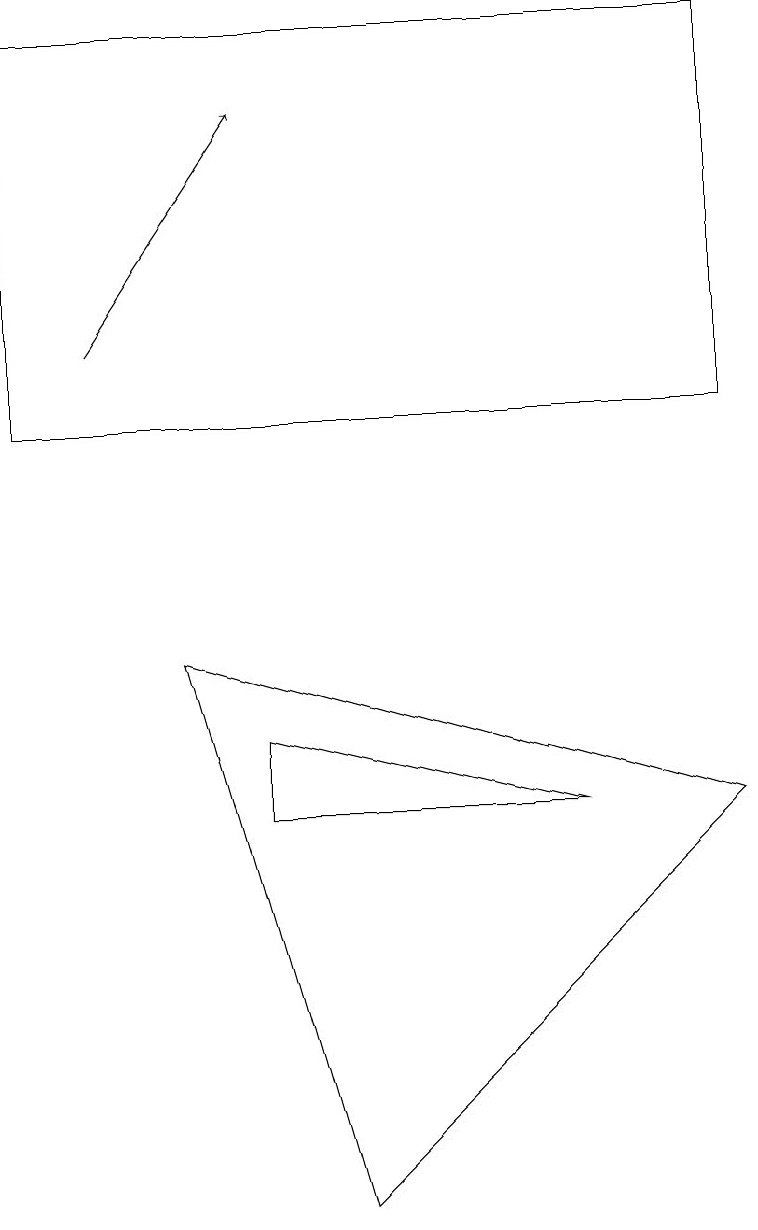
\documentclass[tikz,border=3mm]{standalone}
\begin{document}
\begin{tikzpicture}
\draw (3,7) -- (7,6) -- (3,6) -- cycle;
\draw (0,11) rectangle (9,16);
\draw[->] (1,12) -- (3,15);
\draw (4,1) -- (2,8) -- (9,6) -- cycle;
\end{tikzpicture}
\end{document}